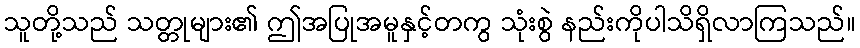
သူတို့သည် သတ္တုများ၏ ဤအပြုအမူနှင့်တကွ သုံးစွဲ နည်းကိုပါသိရှိလာကြသည်။